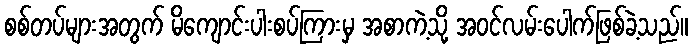
စစ်တပ်များအတွက် မိကျောင်းပါးစပ်ကြားမှ အစာကဲ့သို့ အဝင်လမ်းပေါက်ဖြစ်ခဲ့သည်။